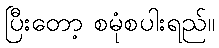
ပြီးတော့ စမုံစပါးရည်။